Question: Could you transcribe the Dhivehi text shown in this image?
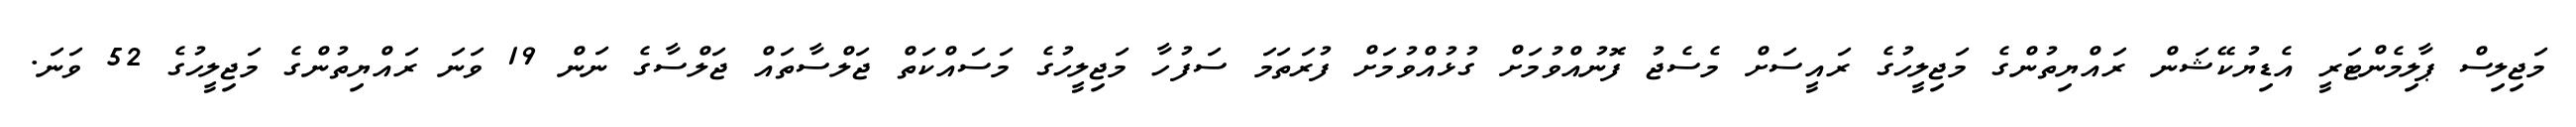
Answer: މަޖިލިސް ޕާލިމެންޓަރީ އެޑިޔުކޭޝަން ރައްޔިތުންގެ މަޖިލީހުގެ ރައީސަށް މެސެޖު ފޮނުއްވުމަށް ގުޅުއްވުމަށް ފުރަތަމަ ސަފުހާ މަޖިލީހުގެ މަސައްކަތް ޖަލްސާތައް ޖަލްސާގެ ނަން 19 ވަނަ ރައްޔިތުންގެ މަޖިލީހުގެ 52 ވަނަ.